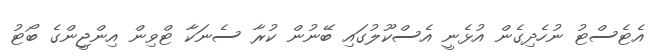
އެޓެސްޓު ނުހެދިގެން އުޅެނީ އެސްކޫލުގައި ބޭނުން ކުރާ ސެނަކާ ޓްވިން އިންޖީންގެ ބޯޓު